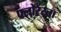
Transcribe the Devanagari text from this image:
फ्लोरेस्ता